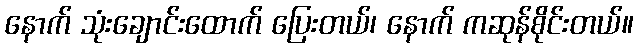
နောက် သုံးချောင်းထောက် ပြေးတယ်၊ နောက် ကဆုန်စိုင်းတယ်။